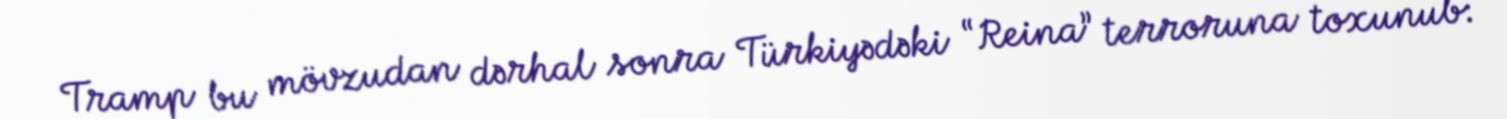
Tramp bu mövzudan dərhal sonra Türkiyədəki “Reina” terroruna toxunub: